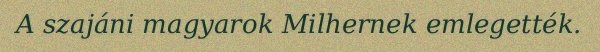
A szajáni magyarok Milhernek emlegették.